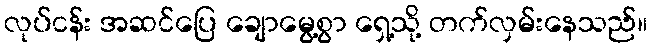
လုပ်ငန်း အဆင်ပြေ ချောမွေ့စွာ ရှေ့သို့ တက်လှမ်းနေသည်။